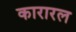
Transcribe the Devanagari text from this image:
कारारल